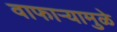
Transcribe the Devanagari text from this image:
वाफाऱ्यामुळे